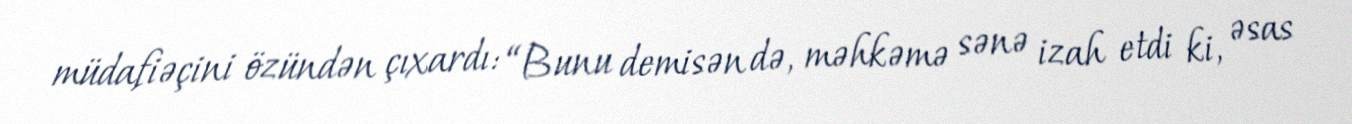
müdafiəçini özündən çıxardı: “Bunu demisən də, məhkəmə sənə izah etdi ki, əsas